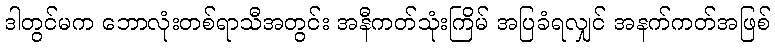
ဒါတွင်မက ဘောလုံးတစ်ရာသီအတွင်း အနီကတ်သုံးကြိမ် အပြခံရလျှင် အနက်ကတ်အဖြစ်